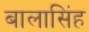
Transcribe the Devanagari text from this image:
बालासिंह